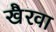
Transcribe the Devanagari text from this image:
खैरवा